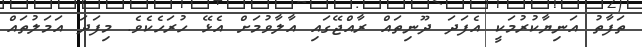
ތަފާތު އަނިޔާކުރުމަކީ އެފަދަ ދޫނިތައް ރާއްޖޭގައި އާލާވުމަށް އެޅޭ ހުރަހެކެވެ. މިފަދަ އަމަލުތައް